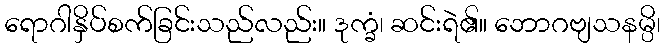
ရောဂါနှိပ်စက်ခြင်းသည်လည်း။ ဒုက္ခံ၊ ဆင်းရဲ၏။ ဘောဂဗျသနမ္ပိ၊